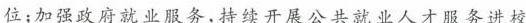
位；加强政府就业服务，持续开展公共就业人才服务进校